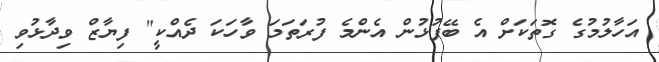
އަހާލުމުގެ ގޮތަކަށް އެ ބޭފުޅުން އެންމެ ފުރަތަމަ ވާހަކަ ދެއްކީ" ފިޔާޒް ވިދާޅުވި